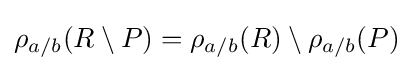
\rho _{a/b}(R\setminus P)=\rho _{a/b}(R)\setminus \rho _{a/b}(P)